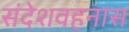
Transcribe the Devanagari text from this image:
संदेशवहनास